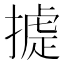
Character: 𢳵